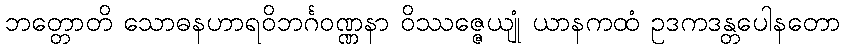
ဘတ္တောတိ သောဓနဟာရဝိဘင်္ဂဝဏ္ဏနာ ဝိဿဇ္ဇေယျုံ ယာနကထံ ဥဒကဒန္တပေါနတော